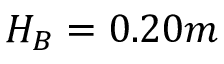
H _ { B } = 0 . 2 0 m